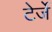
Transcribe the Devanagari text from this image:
टेर्जे